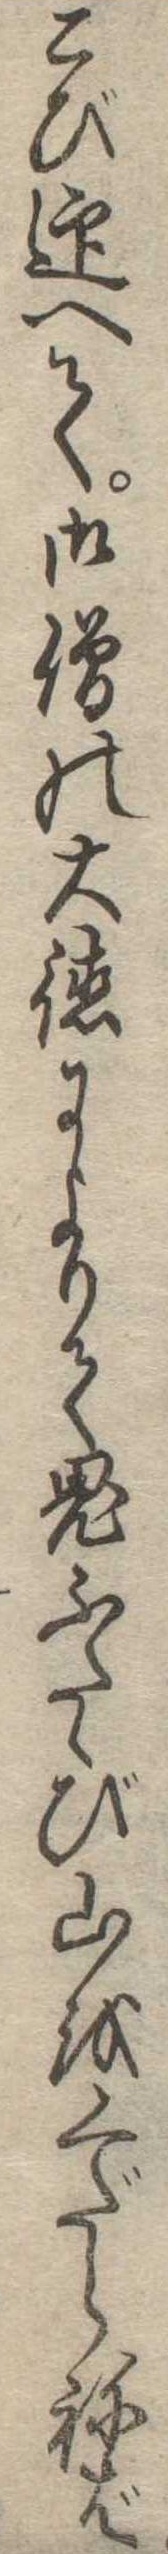
こび迎へて御僧の大徳によりて鬼ふたゝび山をくだらねば